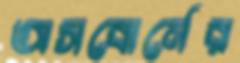
অসবোর্নের